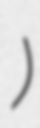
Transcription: اسٹیشن)